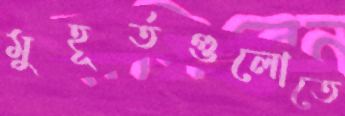
মুহূর্তগুলোতে